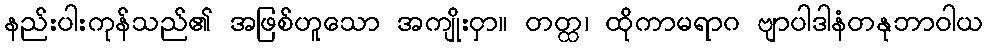
နည်းပါးကုန်သည်၏ အဖြစ်ဟူသော အကျိုးငှာ။ တတ္ထ၊ ထိုကာမရာဂ ဗျာပါဒါနံတနုဘာဝါယ